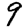
Digit: 9